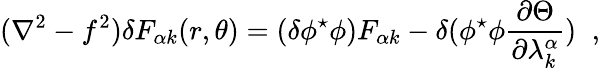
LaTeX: (\nabla^{2}-f^{2})\delta F_{\alpha k}(r,\theta)=(\delta\phi^{\star}\phi)F_{\alpha k}-\delta(\phi^{\star}\phi\frac{\partial\Theta}{\partial\lambda_{k}^{\alpha}})\; \; ,